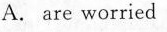
A. are worried